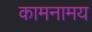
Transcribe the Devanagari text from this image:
कामनामय